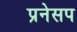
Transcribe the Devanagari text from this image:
प्रनेसप